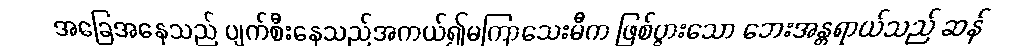
အခြေအနေသည် ပျက်စီးနေသည်အကယ်၍မကြာသေးမီက ဖြစ်ပွားသော ဘေးအန္တရာယ်သည် ဆန်